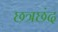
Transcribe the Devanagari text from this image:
छत्रछंद